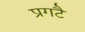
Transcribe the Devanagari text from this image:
प्रगटै